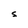
Character: S